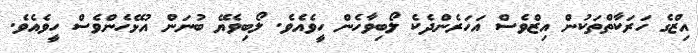
އިޒްގެ ހަރަކާތްތަކުން އިޒްވެސް އަހަރެންދެކެ ލޯބިވާހެން ހީވެއެވެ. ލޯބިވެޔޭ ބުނަން އުޅޭހެންވެސް ހީވެއެވެ.